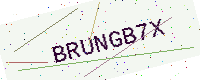
Text: BRUNGB7X